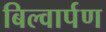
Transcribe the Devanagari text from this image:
बिल्वार्पण